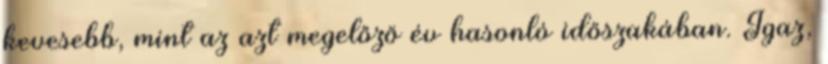
kevesebb, mint az azt megelőző év hasonló időszakában. Igaz,